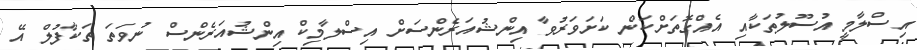
އިސްލާމީ އުސޫލުތަކާއި އެއްގޮތަށްކަން ކަށަވަރުވާ އިންޝުއަރެންސަށް އިސްލާމިކް އިންޝުއަރެންސް ނުވަތަ ތަކާފުލް އޭ